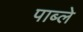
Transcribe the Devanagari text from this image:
पाब्ले